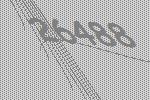
26488